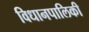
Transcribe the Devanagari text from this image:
विधानपालिकी